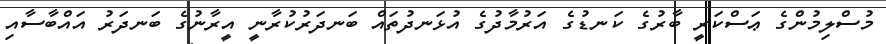
މުސްލިމުންގެ ޢަސްކަރީ ބާރުގެ ކަނޑުގެ އަރުމާދުގެ އުޅަނދުތައް ބަނދަރުކުރާނީ އީރާނުގެ ބަނދަރު އައްބާސާއި